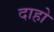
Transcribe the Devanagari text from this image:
दाहो